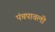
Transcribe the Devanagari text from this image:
पंचपावली